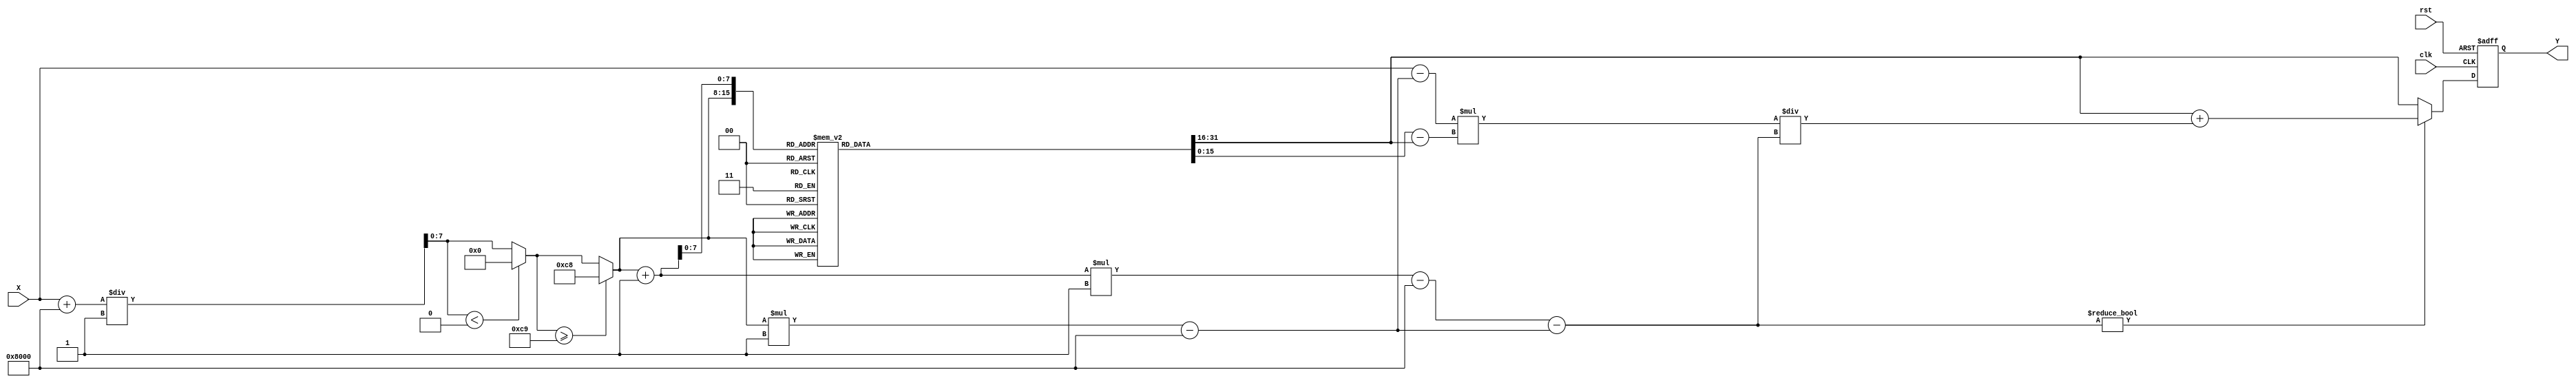
module asin_block (
    input  wire [15:0] X,      // Input value (fixed-point representation, 16 bits)
    output reg  [15:0] Y,      // Output value (fixed-point representation, 16 bits)
    input  wire clk,           // Clock signal
    input  wire rst            // Reset signal
);

    // Parameters
    parameter LUT_SIZE = 201;  // Number of entries in the LUT
    parameter LUT_WIDTH = 16;   // Width of the LUT entries
    parameter INTERVAL = 16'h1; // Fixed-point representation of 0.01

    // Lookup table for asin values (pre-calculated)
    reg [LUT_WIDTH-1:0] lut [0:LUT_SIZE-1];

    // Initialize the LUT with pre-calculated asin values
    initial begin
        // Populate the LUT with asin values (in radians)
        // This should be replaced with actual pre-calculated values
        // For example:
        lut[0]  = 16'h8000; // asin(-1.0)
        lut[1]  = 16'hC90F; // asin(-0.99)
        // ... (fill in the rest of the LUT)
        lut[200] = 16'h0000; // asin(1.0)
    end

    // Internal signals for interpolation
    reg [7:0] index;          // LUT index
    reg [LUT_WIDTH-1:0] y0;   // Lower bound value from LUT
    reg [LUT_WIDTH-1:0] y1;   // Upper bound value from LUT
    reg [LUT_WIDTH-1:0] x0;   // Lower bound input value
    reg [LUT_WIDTH-1:0] x1;   // Upper bound input value
    reg [LUT_WIDTH-1:0] delta; // Difference for interpolation
    reg [LUT_WIDTH-1:0] interp; // Interpolated value

    always @(posedge clk or posedge rst) begin
        if (rst) begin
            Y <= 16'h0000; // Reset output
        end else begin
            // Scale input X to fit the LUT index
            index = (X + 16'h8000) / INTERVAL; // Scale X from [-1, 1] to [0, 200]
            
            // Ensure index is within bounds
            if (index < 8'd0) index = 8'd0;
            if (index >= LUT_SIZE) index = LUT_SIZE - 1;

            // Get the lower and upper bounds from the LUT
            y0 = lut[index];
            y1 = lut[index + 1];
            x0 = index * INTERVAL - 16'h8000; // Lower bound input value
            x1 = (index + 1) * INTERVAL - 16'h8000; // Upper bound input value

            // Calculate the delta for interpolation
            delta = x1 - x0;

            // Perform linear interpolation
            if (delta != 0) begin
                interp = y0 + ((X - x0) * (y1 - y0)) / delta;
            end else begin
                interp = y0; // If delta is zero, just take y0
            end

            // Assign the interpolated value to output Y
            Y <= interp;
        end
    end

endmodule